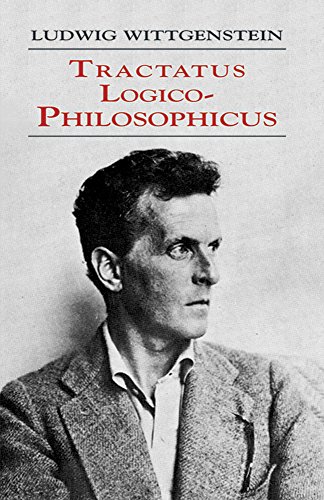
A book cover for Tractatus Logico-Philosophicus; Ludwig Wittgenstein; Politics & Social Sciences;